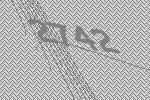
2742